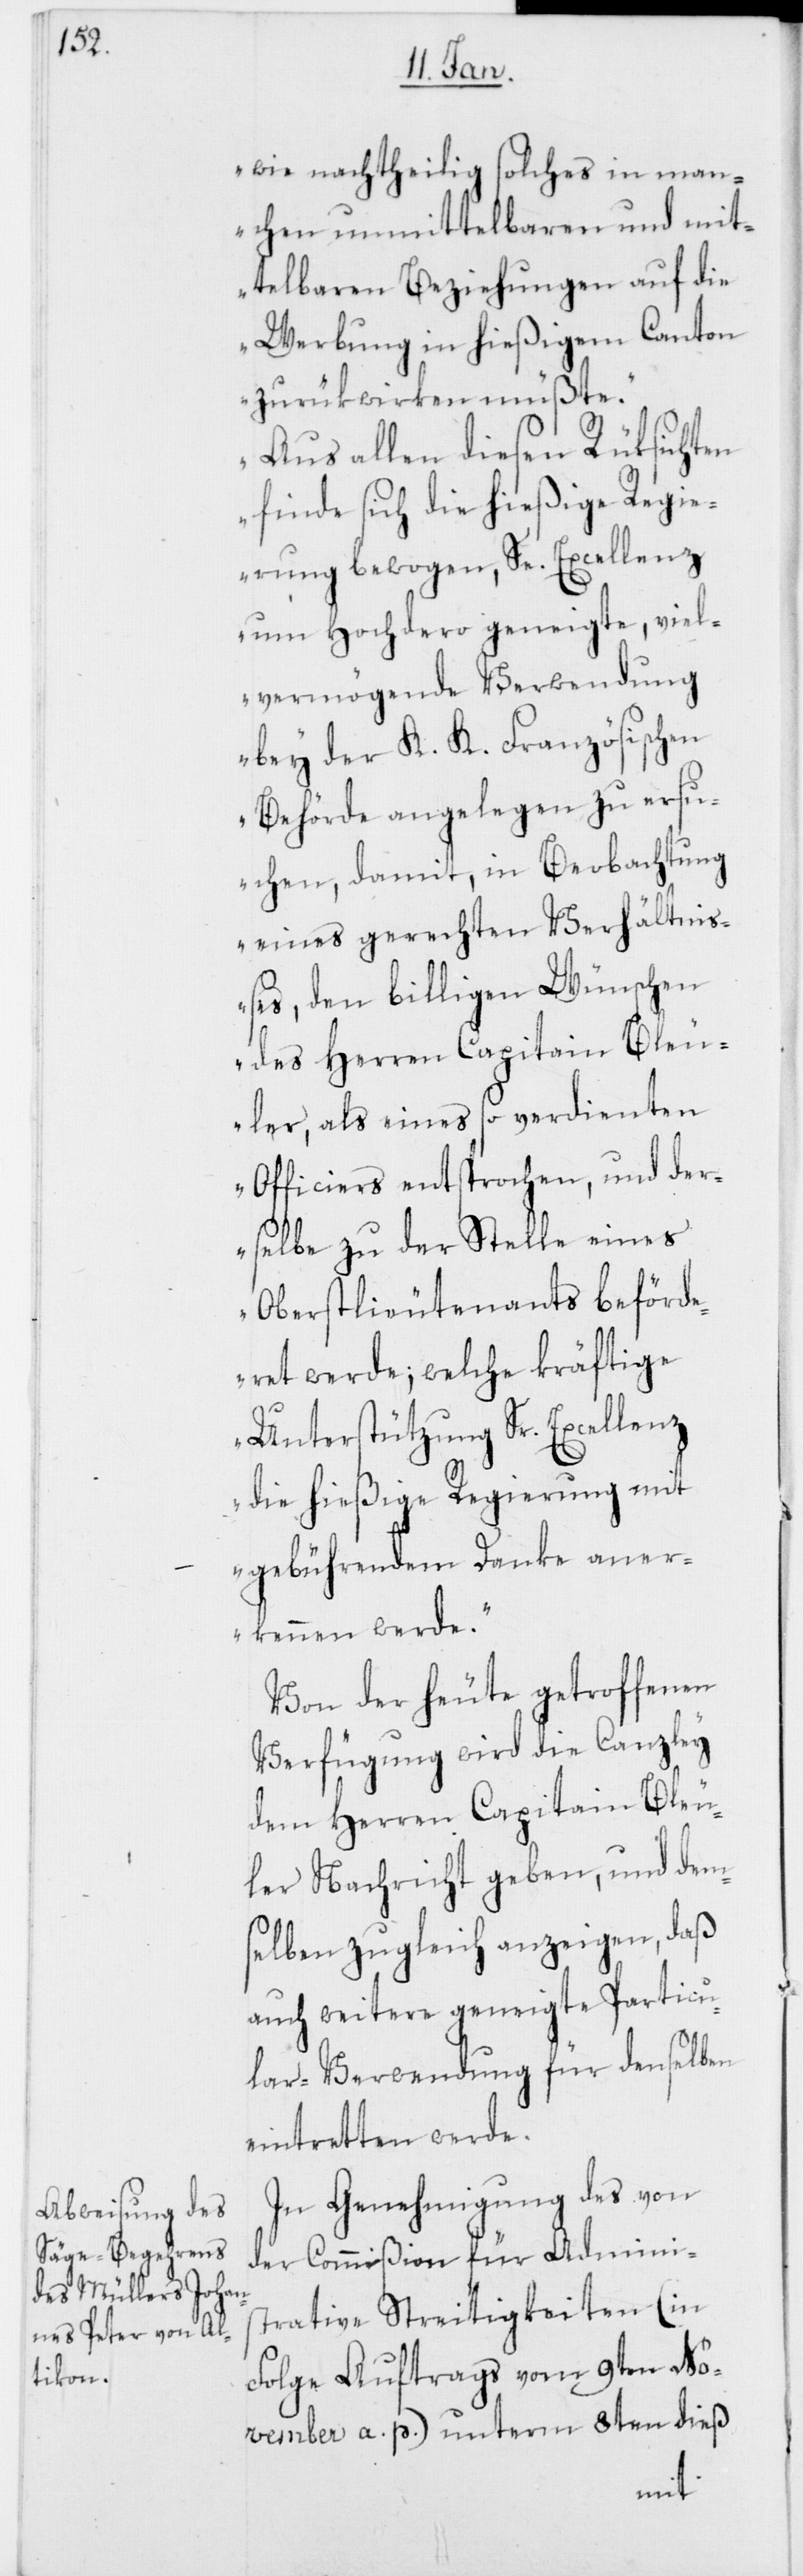
wie nachtheilig solches in man¬
chen unmittelbaren und mit¬
telbaren Beziehungen auf die
Werbung in hießigem Canton
zurükwirken müßte.
Aus allen diesen Rüksichten
finde sich die hießige Regie¬
rung bewogen, Se. Excellenz
um Hochdero geneigte, viel¬
vermögende Verwendung
bey der K. K. Französischen
Behörde angelegen zu ersu¬
chen, damit, in Beobachtung
eines gerechten Verhältniße¬
s, den billigen Wünschen
des Herren Capitain Bleu¬
ler, als eines so verdienten
Officiers entsprochen, und der¬
selbe zu der Stelle eines
Oberstlieutenants beförd¬
eret werde; welche kräftige
Unterstützung Sr. Excellenz
die hießige Regierung mit
gebührendem Danke aner¬
kennen werde.“
Von der heute getroffenen
Verfügung wird die Canzley
dem Herren Capitain Bleu¬
ler Nachricht geben, und dem¬
selben zugleich anzeigen, daß
auch weitere geneigte Particu¬
lar-Verwendung für denselben
eintretten werde.
In Genehmigung des von
der Commißion für Adminis¬
trative Streitigkeiten (in
Folge Auftrags vom 9ten No¬
vember a. p.) unterm 8ten dieß